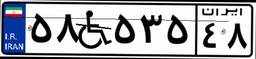
۳۱W۸۵۳۱۵